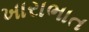
ખારાભાત